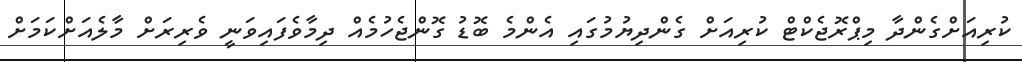
ކުރިއަށްގެންދާ މިޕްރޮޖެކްޓް ކުރިއަށް ގެންދިޔުމުގައި އެންމެ ބޮޑު ގޮންޖެހުމެއް ދިމާވެފައިވަނީ ވެރިރަށް މާލެއަށްކަމަށް